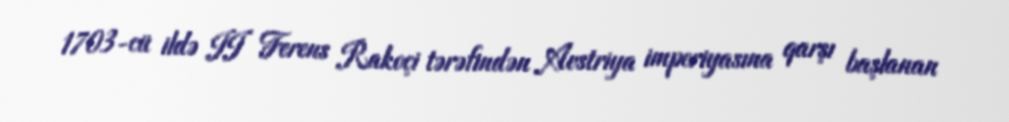
1703-cü ildə II Ferens Rakoçi tərəfindən Avstriya imperiyasına qarşı başlanan